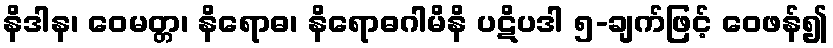
နိဒါန၊ ဝေမတ္တ၊ နိရောဓ၊ နိရောဓဂါမိနိ ပဋိပဒါ ၅-ချက်ဖြင့် ဝေဖန်၍